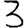
Digit: 3